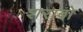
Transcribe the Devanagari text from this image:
शराबो